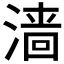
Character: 𬈧